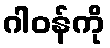
ဂါဝန်ကို